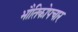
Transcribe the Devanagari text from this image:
भौतिकोपचार